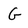
Character: G